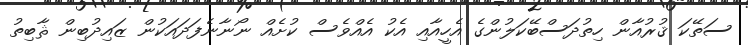
ސަތޭކަ ޤުރުއާން ހިތުދަސްބޭކަލުންގެ އެހީއާއި އެކު އެއްވެސް ކުށެއް ނޯނާނެފަދައަކުން ޒައިދުބިން ޘާބިތު